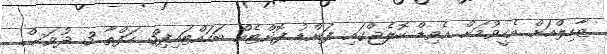
ޒާހިލްއަށް އެހީވުމަށް އެވިޑް ކޮލެޖްގައި ފަންޑު ފޮށްޓެއް ބަހައްޓައިފި3 ހަފްތާ 3 ދުވަސް